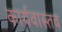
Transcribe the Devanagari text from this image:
कार्यवास्तव